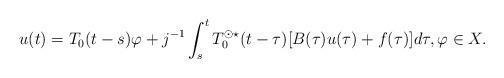
LaTeX: \begin{align*} u(t) = T_0(t-s)\varphi + j^{-1} \int_s^t T_0^{\odot \star}(t-\tau) [B(\tau)u(\tau) + f(\tau)] d\tau, \varphi \in X.\end{align*}